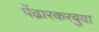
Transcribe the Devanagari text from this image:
पेंढारकरबुवा